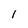
Character: 1